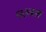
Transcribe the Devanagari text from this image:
परतला